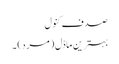
صدف کنول
بہترین ماڈل (مرد) ۔